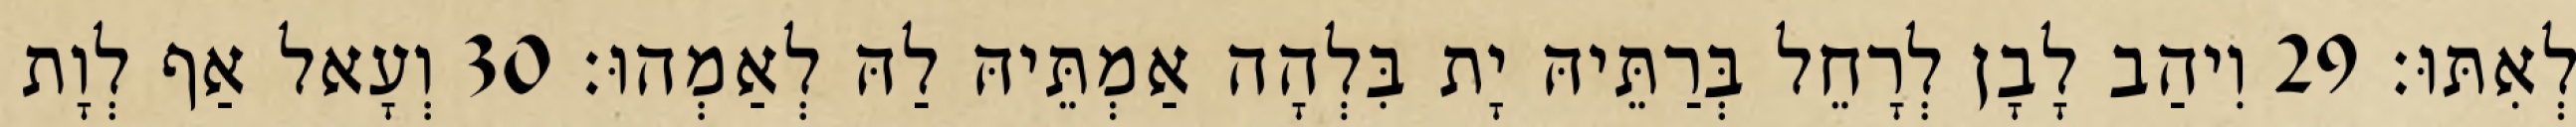
לְאִתּוּ׃ 29 וִיהַב לָבָן לְרָחֵל בְּרַתֵּיהּ יָת בִּלְהָה אַמְתֵּיהּ לַהּ לְאַמְהוּ׃ 30 וְעָאל אַף לְוָת